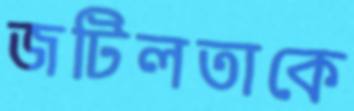
জটিলতাকে